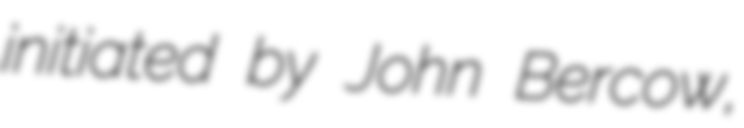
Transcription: initiated by John Bercow,